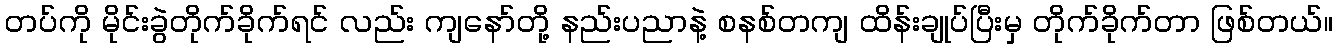
တပ်ကို မိုင်းခွဲတိုက်ခိုက်ရင် လည်း ကျနော်တို့ နည်းပညာနဲ့ စနစ်တကျ ထိန်းချုပ်ပြီးမှ တိုက်ခိုက်တာ ဖြစ်တယ်။